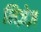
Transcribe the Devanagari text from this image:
लिज़ेज़